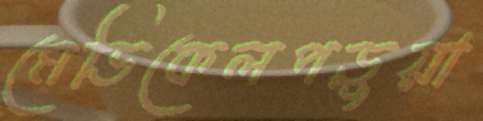
মেডিকেলপড়ুয়া